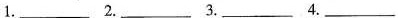
1 . ___ 2. ___ 3.___ 4. ___